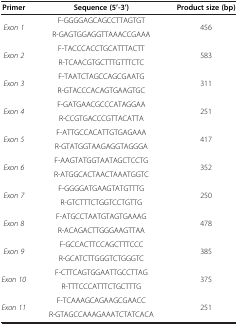
| Primer | Sequence (5’-3’) | Product size (bp) |
 | --- | --- | --- |
 | <ROWSPAN=2> Exon 1 | F-GGGGAGCAGCCTTAGTGT | <ROWSPAN=2> 456 |
 | R-GAGTGGAGGTTAAACCGAAA |
 | <ROWSPAN=2> Exon 2 | F-TACCCACCTGCATTTACTT | <ROWSPAN=2> 583 |
 | R-TCAACGTGCTTTGTTTCTC |
 | <ROWSPAN=2> Exon 3 | F-TAATCTAGCCAGCGAATG | <ROWSPAN=2> 311 |
 | R-GTACCCACAGTGAAGTGC |
 | <ROWSPAN=2> Exon 4 | F-GATGAACGCCCATAGGAA | <ROWSPAN=2> 251 |
 | R-CCGTGACCCGTTACATTA |
 | <ROWSPAN=2> Exon 5 | F-ATTGCCACATTGTGAGAAA | <ROWSPAN=2> 417 |
 | R-GTATGGTAAGAGGTAGGGA |
 | <ROWSPAN=2> Exon 6 | F-AAGTATGGTAATAGCTCCTG | <ROWSPAN=2> 352 |
 | R-ATGGCACTAACTAAATGGTC |
 | <ROWSPAN=2> Exon 7 | F-GGGGATGAAGTATGTTTG | <ROWSPAN=2> 250 |
 | R-GTCTTTCTGGTCCTGTTG |
 | <ROWSPAN=2> Exon 8 | F-ATGCCTAATGTAGTGAAAG | <ROWSPAN=2> 478 |
 | R-ACAGACTTGGGAAGTTAA |
 | <ROWSPAN=2> Exon 9 | F-GCCACTTCCAGCTTTCCC | <ROWSPAN=2> 385 |
 | R-GCATCTTGGGTCTGGGTC |
 | <ROWSPAN=2> Exon 10 | F-CTTCAGTGGAATTGCCTTAG | <ROWSPAN=2> 375 |
 | R-TTTCCCATTTCTGCTTTG |
 | <ROWSPAN=2> Exon 11 | F-TCAAAGCAGAAGCGAACC | <ROWSPAN=2> 251 |
 | R-GTAGCCAAAGAAATCTATCACA |